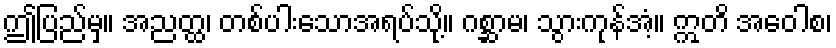
ဤပြည်မှ။ အညတ္ထ၊ တစ်ပါးသောအရပ်သို့။ ဂစ္ဆာမ၊ သွားကုန်အံ့။ ဣတိ အဝေါစ၊